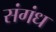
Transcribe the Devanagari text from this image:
संगंध